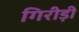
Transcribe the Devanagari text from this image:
गिरीड़ी